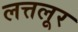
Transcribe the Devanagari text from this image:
लत्तलूर